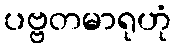
ပဗ္ဗတမာရုဟုံ